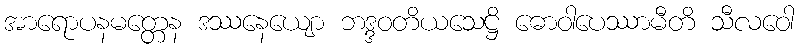
အာရောပနမတ္တေန ဒဿနေယျော ဘဒ္ဒဝတိယသေဋ္ဌိ ဓောဝါပေဿာမီတိ သီလဝေါ